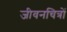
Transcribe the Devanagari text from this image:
जीवनचित्रों